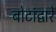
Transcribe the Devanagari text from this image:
बोटांद्वारे